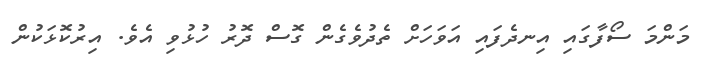
މަންމަ ސޯފާގައި އިނދެފައި އަވަހަށް ތެދުވެގެން ގޮސް ދޮރު ހުޅުވި އެވެ. އިރުކޮޅަކުން